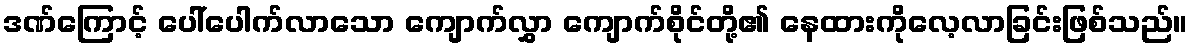
ဒဏ်ကြောင့် ပေါ်ပေါက်လာသော ကျောက်လွှာ ကျောက်စိုင်တို့၏ နေထားကိုလေ့လာခြင်းဖြစ်သည်။